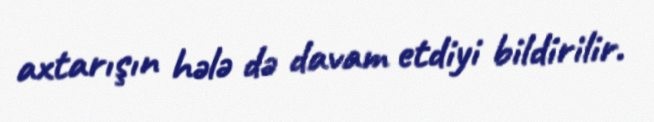
axtarışın hələ də davam etdiyi bildirilir.